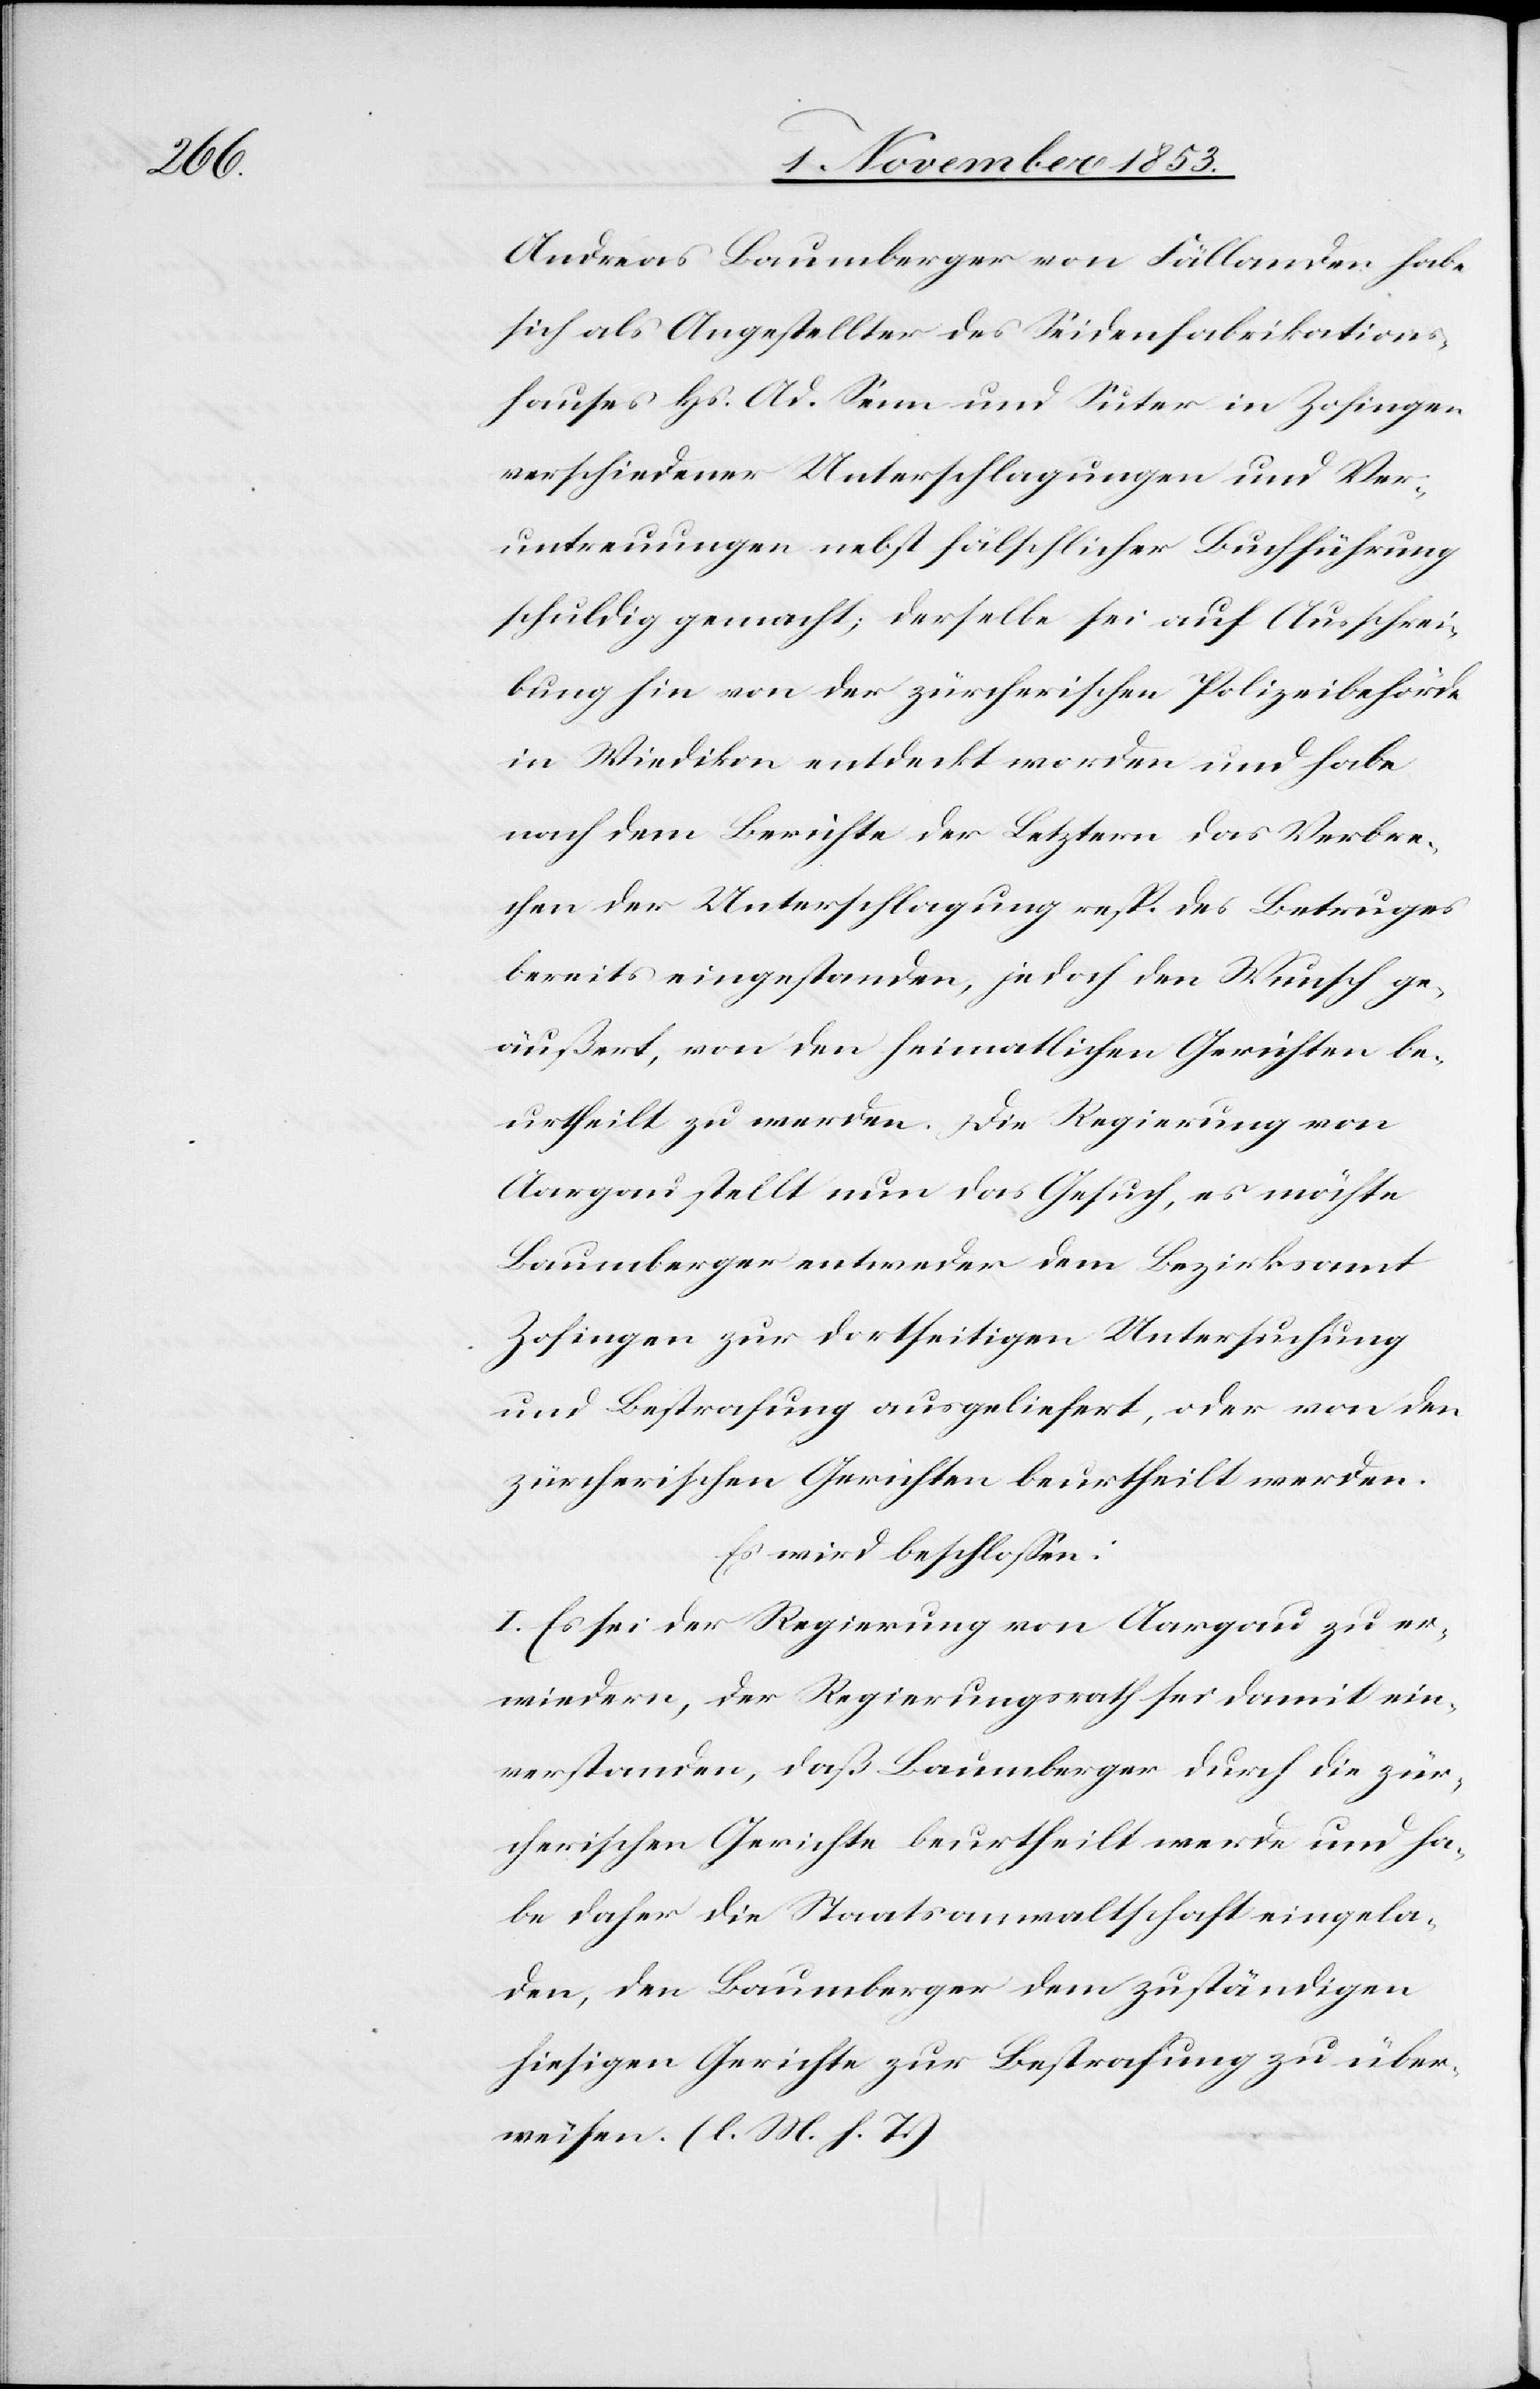
Andreas Baumberger von Fällanden habe
sich als Angestellter des Seidenfabrikations¬
hauses Hs. Ad. Senn und Suter in Zofingen
verschiedener Unterschlagungen und Ver¬
untreuungen nebst fälschlicher Buchführung
schuldig gemacht, derselbe sei auf Ausschrei¬
bung hin von der zürcherischen Polizeibehörde
in Wiedikon entdeckt worden und habe
nach dem Berichte der Letztern das Verbre¬
chen der Unterschlagung resp. des Betruges
bereits eingestanden, jedoch den Wunsch ge¬
äußert, von den heimatlichen Gerichten be¬
urtheilt zu werden. Die Regierung von
Aargau stellt nun das Gesuch, es möchte
Baumberger entweder dem Bezirksamt
Zofingen zur dortseitigen Untersuchung
und Bestrafung ausgeliefert, oder von den
zürcherischen Gerichten beurtheilt werden.
Es wird beschloßen:
I. Es sei der Regierung von Aargau zu er¬
wiedern, der Regierungsrath sei damit ein¬
verstanden, daß Baumberger durch die zür¬
cherischen Gerichte beurtheilt werde und ha¬
be daher die Staatsanwaltschaft eingela¬
den, den Baumberger dem zuständigen
hiesigen Gerichte zur Bestrafung zu über¬
weisen. [l. M. h. T]